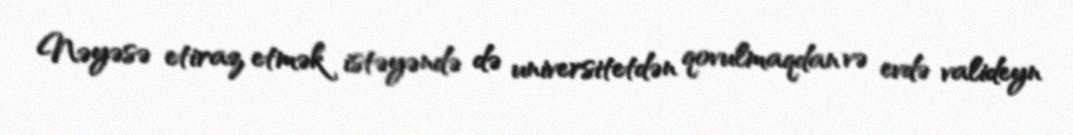
Nəyəsə etiraz etmək istəyəndə də universitetdən qovulmaqdan və evdə valideyn